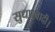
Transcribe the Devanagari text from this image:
सुधारवादी।